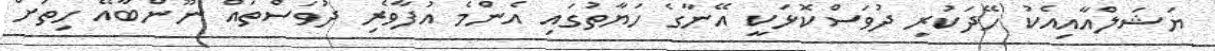
ޔަޝަލްއާއިއެކު ހޭދަކުރި ދުވަސްކޮޅަކީ އޭނާގެ ހަޔާތުގައި އެންމެ އުފާވެރި ދުވަސްތައް ނޫންބާއޭ ހިތަށް